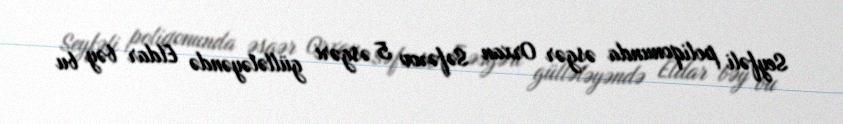
Seyfəli poliqonunda əsgər Orxan Səfərov 5 əsgəri güllələyəndə Eldar bəy bu